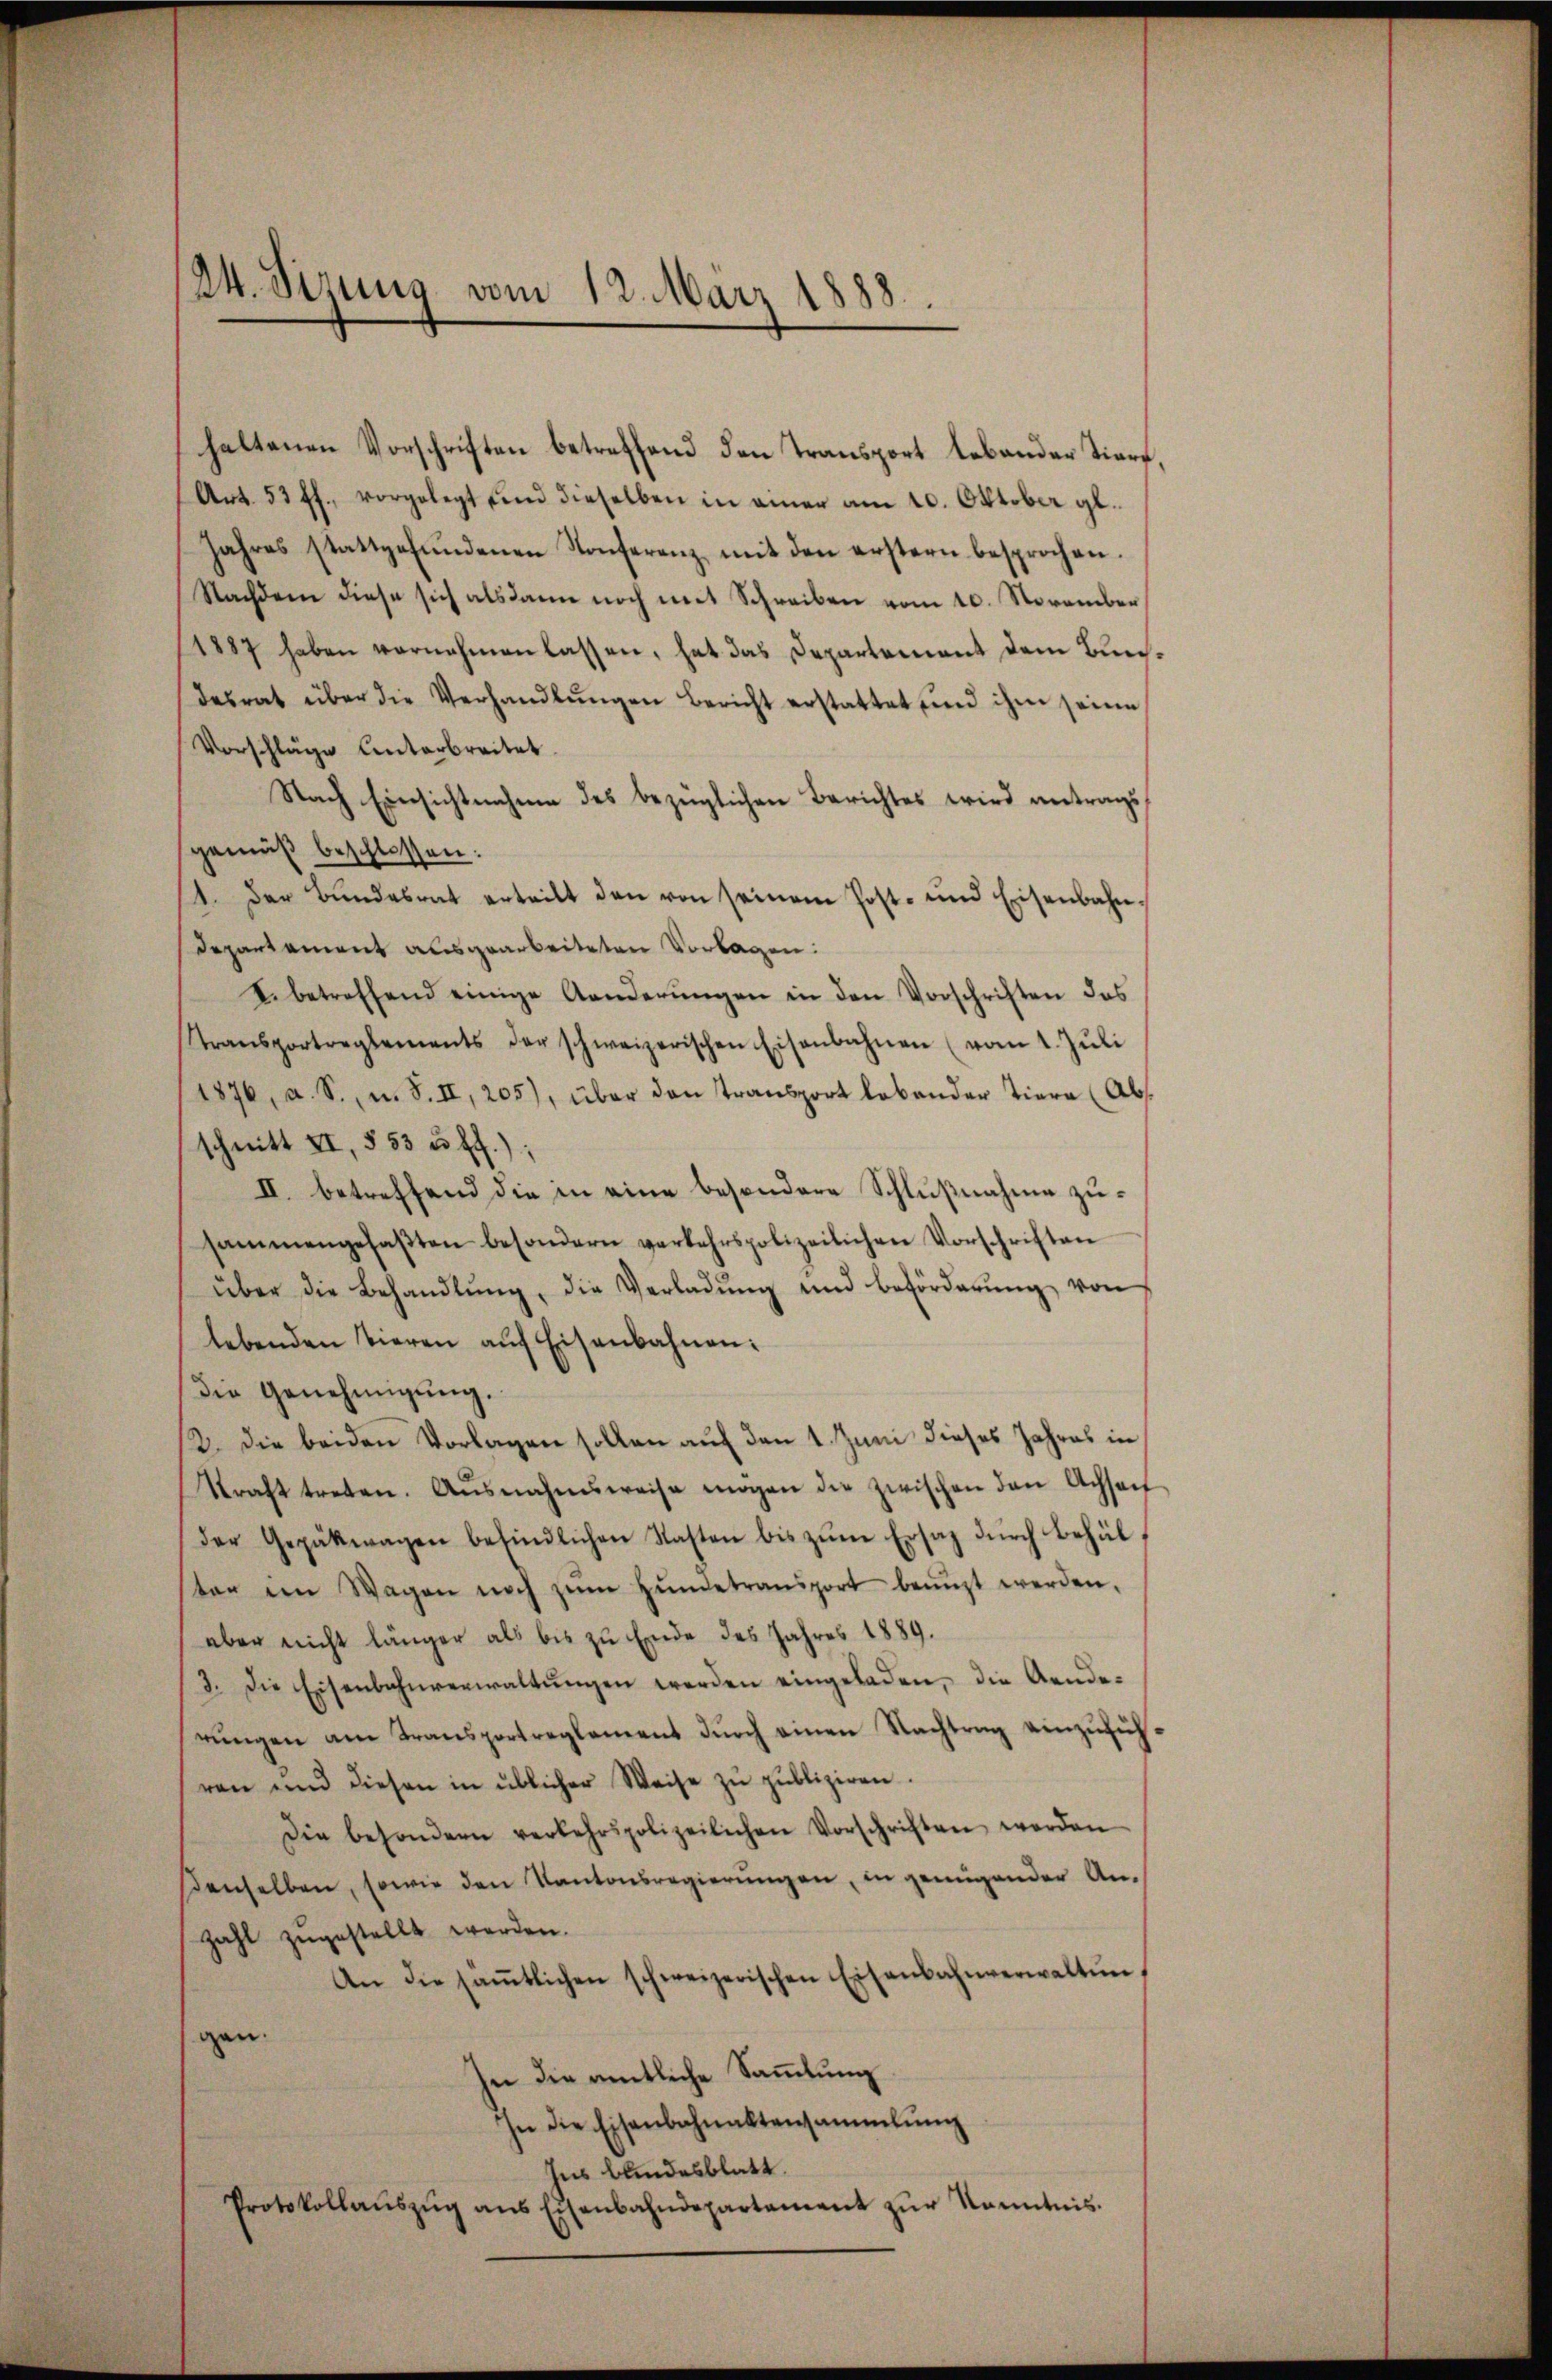
24. Sizung vom 12. März 1888.

haltenen Vorschriften betreffend den Transport lebender Tierf
Art. 53 ff., vorgelegt und dieselben in einer am 10. Oktober gl.
Jahres stattgefŭndenen Konferenz mit den erstern besprochen.
Nachdem diese sich alsdann noch mit Schreiben vom 10. November
1887 haben vernahmen lassen, hat das Departement dem Bürch
desrat über die Verhandlŭngen bericht erstattet und ihm seine
Vorschläge Unterbreitet.
Nach Einsichtnahme des bezüglichen Berichtes wird antragsgemäß beschlossen:
11. Der Bŭndesrat erteilt den von seinem Post- und Eisenbahn-
Departement ausgearbeiteten Vorlagen:
I. betreffend einige Aenderŭngen in den Vorschriften das
Stransportreglements der schweizerischen Eisenbahnen (vom 1. Jŭli
1876, a. S., u. S. II, 205), über den Transport lebender Tiera (Abs
schnitt XI, § 53 u. ff.):
II. betreffend die in eine besondere Schlußnahme zusammengefaβten besondern verkehrspolizeilichen Vorschriften
über die Behandlŭng, die Verladŭng und Beförderŭng von
lebenden Tieren aŭf Eisenbahnen:
Die Genehmigŭng.
12. die beiden Vorlagen sollen auf den 1. Juni dieses Jahres in
Straft treten. Ausnahmsweise mögen die zwischen den Achsen
der Gepäkwagen befindlichen Kasten bis zŭm Ersatz durch behülster im Wagen noch zŭm Hŭndetransport benuzt werden.
aber nicht länger als bis zu Ende des Jahres 1889.
3. Die Eisenbahnverwaltŭngen werden eingeladen, die Aenderŭngen am Transportreglement dŭrch einen Nachtrag einzŭfüh-
ren und diesen in üblicher Weise zŭ publiziren.
Die besondern verkehrspolizeilichen Vorschriften werden
denselben, sowie den Kantonsregierungen, in genügender Anzahl zugestellt werden.
An die säṁtlichen schweizerischen Eisenbahnverwaltŭn
gan.
In die amtliche Sammlung
In die Eisenbahnaktensammlung
Ins blindesblatt.
Protokollaŭszŭg ans Eisenbahndepartement zŭr Kenntnis.